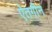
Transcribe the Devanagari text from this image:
ऐतगीन